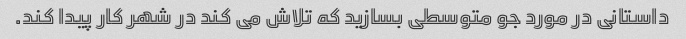
داستانی در مورد جو متوسطی بسازید که تلاش می کند در شهر کار پیدا کند.